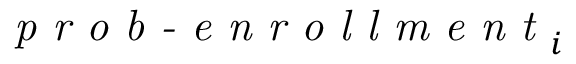
\textit { p r o b - e n r o l l m e n t } _ { i }